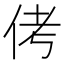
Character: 侤